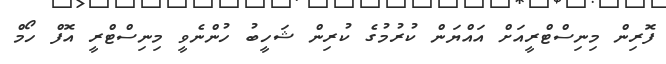
ފޮރިން މިނިސްޓްރީއަށް އައްޔަން ކުރުމުގެ ކުރިން ޝަހީބު ހުންނެވީ މިނިސްޓްރީ އޮފް ހޯމް